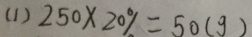
( 1 ) 2 5 0 \times 2 0 \% = 5 0 ( g )